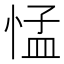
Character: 𢛴